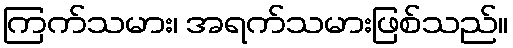
ကြက်သမား၊ အရက်သမားဖြစ်သည်။